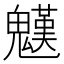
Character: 𩴓